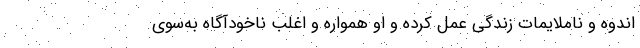
اندوه و ناملایمات زندگی عمل کرده و او همواره و اغلب ناخودآگاه به‌سوی